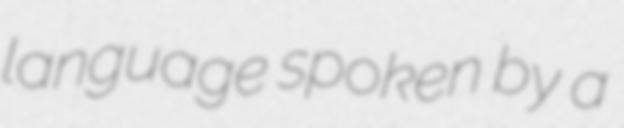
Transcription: language spoken by a